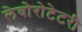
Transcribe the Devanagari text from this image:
लेवोरोटेटरी